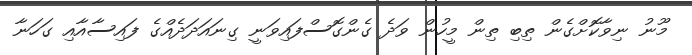
މޫނު ނިވާކޮށްގެން ތިބި ތިން މީހުން ވަދެ ގެންގޮސްފައިވަނީ ގިނައަދަދެއްގެ ފައިސާއާއި ގަހަނާ